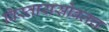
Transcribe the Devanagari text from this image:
विस्तारासोबतच